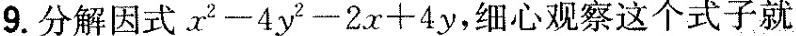
9.分解因式。$$x ^ { 2 } - 4 y ^ { 2 } - 2 x + 4 y$$，细心观察这个式子就